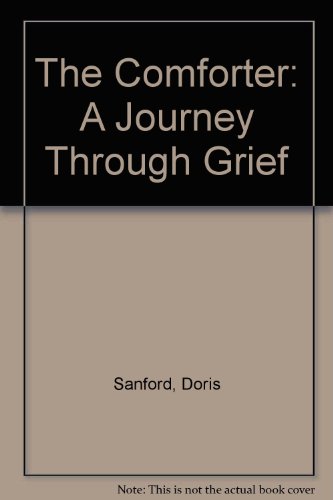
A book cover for The Comforter: A Journey Through Grief; Doris Sanford; Christian Books & Bibles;